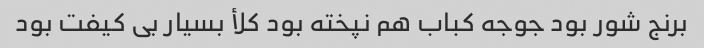
برنج شور بود جوجه کباب هم نپخته بود کلأ بسیار بی کیفت بود